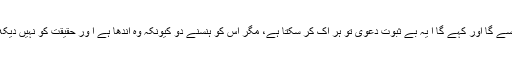
دشمن ہنسے گا اور کہے گا ا یہ بے ثبوت دعویٰ تو ہر اِک کر سکتا ہے، مگر اس کو ہنسنے دو کیونکہ وہ اندھا ہے ا ور حقیقت کو نہیں دیکھ سکتا’’۔